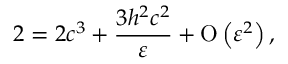
2 = 2 c ^ { 3 } + \frac { 3 h ^ { 2 } c ^ { 2 } } { \varepsilon } + \ensuremath { \operatorname { O } \left( \varepsilon ^ { 2 } \right) } ,